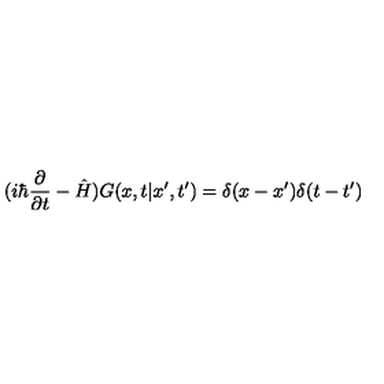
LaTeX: ( i \hbar \frac { \partial } { \partial t } - \hat { H } ) G ( x , t | x ^ { \prime } , t ^ { \prime } ) = \delta ( x - x ^ { \prime } ) \delta ( t - t ^ { \prime } )